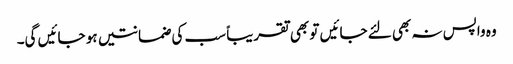
وہ واپس نہ بھی لئے جائیں تو بھی تقریباً سب کی ضمانتیں ہو جائیں گی۔